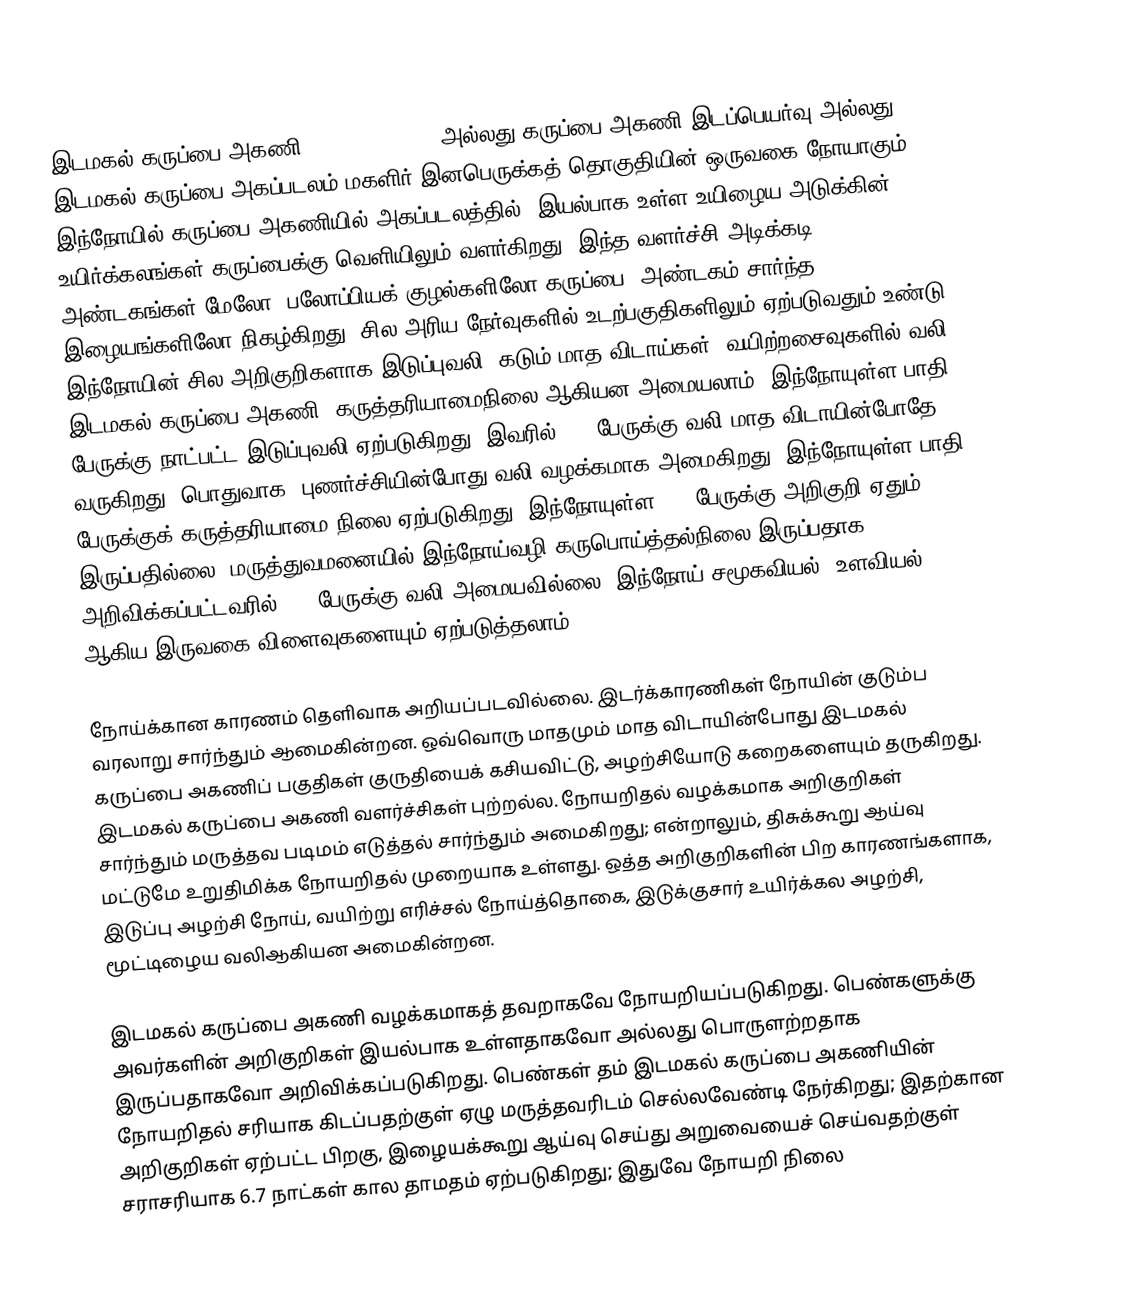
இடமகல் கருப்பை அகணி  (Endometriosis)  அல்லது கருப்பை அகணி இடப்பெயர்வு அல்லது இடமகல் கருப்பை அகப்படலம் மகளிர் இனபெருக்கத் தொகுதியின் ஒருவகை நோயாகும்.  இந்நோயில் கருப்பை அகணியில்(அகப்படலத்தில்) இயல்பாக  உள்ள உயிழைய அடுக்கின் உயிர்க்கலங்கள் கருப்பைக்கு  வெளியிலும் வளர்கிறது. இந்த வளர்ச்சி அடிக்கடி அண்டகங்கள் மேலோ, பலோப்பியக் குழல்களிலோ கருப்பை, அண்டகம் சார்ந்த இழையங்களிலோ நிகழ்கிறது;  சில அரிய நேர்வுகளில் உடற்பகுதிகளிலும் ஏற்படுவதும் உண்டு.   இந்நோயின் சில அறிகுறிகளாக இடுப்புவலி, கடும் மாத விடாய்கள், வயிற்றசைவுகளில் வலி, இடமகல் கருப்பை அகணி, கருத்தரியாமைநிலை ஆகியன அமையலாம்.  இந்நோயுள்ள பாதி பேருக்கு நாட்பட்ட இடுப்புவலி ஏற்படுகிறது; இவரில் 70% பேருக்கு வலி மாத விடாயின்போதே வருகிறது. பொதுவாக, புணர்ச்சியின்போது வலி வழக்கமாக அமைகிறது.  இந்நோயுள்ள பாதி பேருக்குக் கருத்தரியாமை நிலை ஏற்படுகிறது. இந்நோயுள்ள 25% பேருக்கு அறிகுறி ஏதும் இருப்பதில்லை; மருத்துவமனையில் இந்நோய்வழி கருபொய்த்தல்நிலை இருப்பதாக அறிவிக்கப்பட்டவரில்  85% பேருக்கு வலி அமையவில்லை. இந்நோய் சமூகவியல், உளவியல் ஆகிய இருவகை விளைவுகளையும் ஏற்படுத்தலாம்.

நோய்க்கான காரணம் தெளிவாக அறியப்படவில்லை.  இடர்க்காரணிகள் நோயின் குடும்ப வரலாறு சார்ந்தும் ஆமைகின்றன.  ஒவ்வொரு மாதமும் மாத விடாயின்போது இடமகல் கருப்பை அகணிப் பகுதிகள் குருதியைக் கசியவிட்டு, அழற்சியோடு கறைகளையும் தருகிறது. இடமகல் கருப்பை அகணி வளர்ச்சிகள் புற்றல்ல. நோயறிதல் வழக்கமாக அறிகுறிகள் சார்ந்தும் மருத்தவ படிமம் எடுத்தல் சார்ந்தும் அமைகிறது; என்றாலும், திசுக்கூறு ஆய்வு மட்டுமே உறுதிமிக்க நோயறிதல் முறையாக உள்ளது.  ஒத்த அறிகுறிகளின் பிற காரணங்களாக, இடுப்பு அழற்சி நோய், வயிற்று எரிச்சல் நோய்த்தொகை, இடுக்குசார் உயிர்க்கல அழற்சி,  மூட்டிழைய வலிஆகியன அமைகின்றன.

இடமகல் கருப்பை அகணி வழக்கமாகத் தவறாகவே நோயறியப்படுகிறது. பெண்களுக்கு அவர்களின் அறிகுறிகள் இயல்பாக உள்ளதாகவோ அல்லது பொருளற்றதாக இருப்பதாகவோ அறிவிக்கப்படுகிறது. பெண்கள் தம் இடமகல் கருப்பை அகணியின் நோயறிதல் சரியாக கிடப்பதற்குள் ஏழு மருத்தவரிடம் செல்லவேண்டி நேர்கிறது; இதற்கான அறிகுறிகள் ஏற்பட்ட பிறகு, இழையக்கூறு ஆய்வு செய்து அறுவையைச்  செய்வதற்குள் சராசரியாக 6.7 நாட்கள்  கால தாமதம் ஏற்படுகிறது;  இதுவே நோயறி நிலை